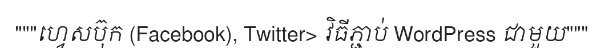
"""ហ្វេសប៊ុក (Facebook), Twitter> វិធីភ្ជាប់ WordPress ជាមួយ"""